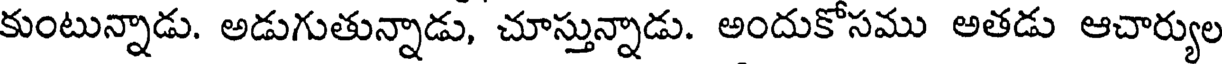
కుంటున్నాడు. అడుగుతున్నాడు, చూస్తున్నాడు. అందుకోసము అతడు ఆచార్యుల